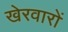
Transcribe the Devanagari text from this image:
खेरवारों